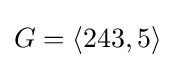
G=\langle 243,5\rangle